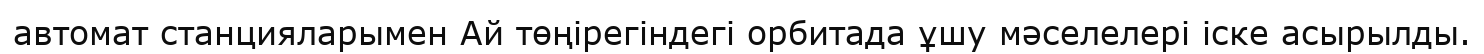
автомат станцияларымен Ай төңірегіндегі орбитада ұшу мәселелері іске асырылды.